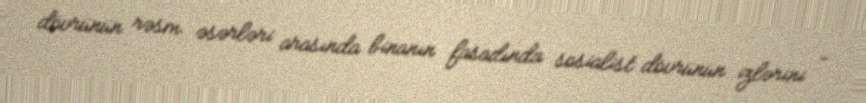
dövrünün rəsm əsərləri arasında binanın fasadında sosialist dövrünün izlərini -